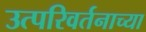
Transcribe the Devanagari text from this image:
उत्परिवर्तनाच्या